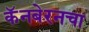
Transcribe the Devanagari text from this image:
कॅनबेरनचा